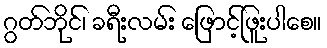
ဂွတ်ဘိုင်၊ ခရီးလမ်း ဖြောင့်ဖြူးပါစေ။